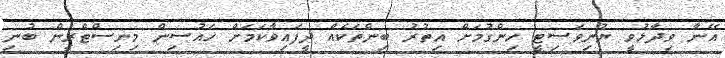
އޭނާ ވިދާޅުވީ ޔުނިވަސިޓީ ހިންގުމަށް އިތުރު ބިންތަކެއް ދީފައިވާކަމަށް ހައުސިން މިނިސްޓްރީން ބުނި